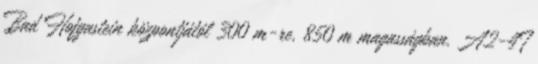
Bad Hofgastein központjától 300 m-re, 850 m magasságban. A2-4T